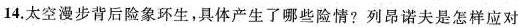
14.太空漫步背后险象环生，具体产生了哪些险情?列品诺夫是怎样应对